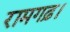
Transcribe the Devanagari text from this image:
रामगढ़।